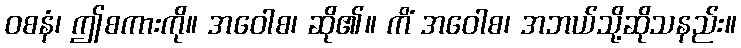
ဝစနံ၊ ဤစကားကို။ အဝေါစ၊ ဆို၏။ ကိံ အဝေါစ၊ အဘယ်သို့ဆိုသနည်း။